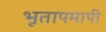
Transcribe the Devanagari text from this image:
भूतापमापी